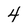
Character: 4